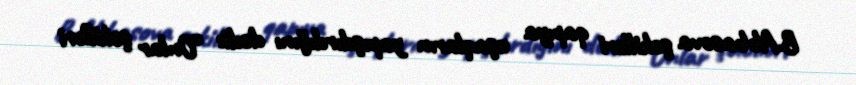
B.Abbasova şəkilləri qapıya uşaqların yapışdırdığını dedi: “Onlar şəkilləri